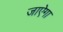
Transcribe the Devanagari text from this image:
जाऐगा